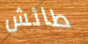
طائش